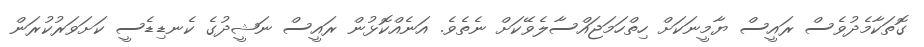
ގޮތަކާމެދުވެސް ރައީސް ޔާމީނަކަށް ހިތްހަމަޖައްސާލެވޭކަށް ނެތެވެ. އަނެއްކޮޅުން ރައީސް ނަޝީދުގެ ކެނޑިޑެސީ ކަށަވަރުކުރަން